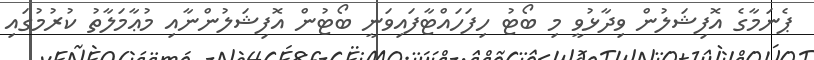
ޕެނަމާގެ އޮފިޝަލުން ވިދާޅުވީ މި ބޯޓު ހިފަހައްޓާފައިވަނީ ބޯޓުން އޮފިޝަލުންނާއި މުޢާމަލާތު ކުރުމުގައި